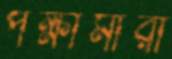
পক্ষীমারী